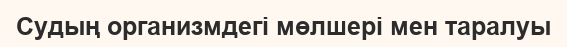
Судың организмдегi мөлшерi мен таралуы